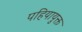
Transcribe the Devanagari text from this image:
पहियायुक्त